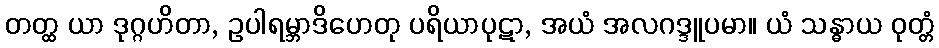
တတ္ထ ယာ ဒုဂ္ဂဟိတာ, ဥပါရမ္ဘာဒိဟေတု ပရိယာပုဋာ, အယံ အလဂဒ္ဒူပမာ။ ယံ သန္ဓာယ ဝုတ္တံ